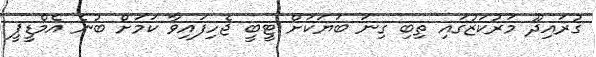
ގުރައިދޫ މަރުކަޒުގައި ތިބި ގިނަ ބަޔަކަށް ޓީބީ ޖެހިފައިވާ ކަމަށް ބުނެ އެމްޑީޕީ